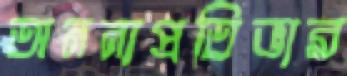
অনন্যপ্রতিভার